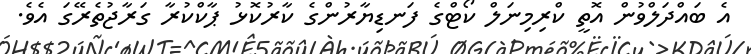
އެ ބައްދަލްވުން އޮތީ ކްރިމިނަލް ކޯޓްގެ ފަނޑިޔާރުންގެ ކާރުކޮޅު ޕާކްކުރާ ގަރާޖުތެރޭގަ އެވެ.